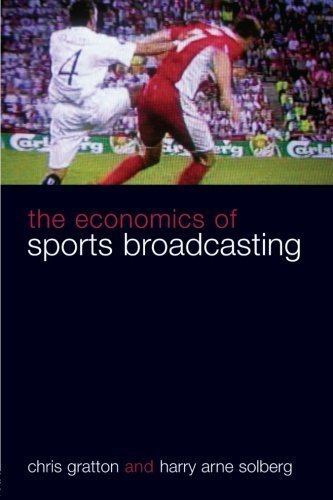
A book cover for The Economics of Sports Broadcasting [Paperback] [2007] 1 Ed. Chris Gratton, Harry Solberg; Sports & Outdoors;